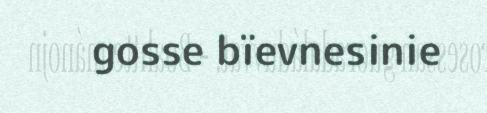
gosse bïevnesinie